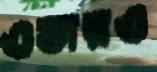
ওভারও